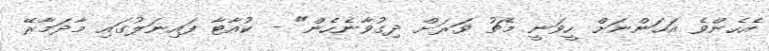
އެހެންވެ އަހަންނަށް ހީވަނީ މެޗު ވަރަށް ދިގުވާނެހެން" - ކުއާޓާ ފައިނަލުގައި މާދަމާރޭ